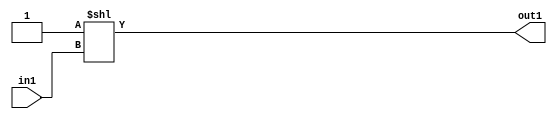
`timescale 1ps / 1ps
/*****************************************************************************
    Verilog RTL Description
    
    
    Created by: Stratus DpOpt 2019.1.01 
*******************************************************************************/

module DC_Filter_DECODE_2U_9_4 (
	in1,
	out1
	); /* architecture "behavioural" */ 
input  in1;
output [1:0] out1;
wire [1:0] asc001;

assign asc001 = 2'B01 << in1;

assign out1 = asc001;
endmodule

/* CADENCE  urb4Sw0= : u9/ySgnWtBlWxVPRXgAZ4Og= ** DO NOT EDIT THIS LINE ******/